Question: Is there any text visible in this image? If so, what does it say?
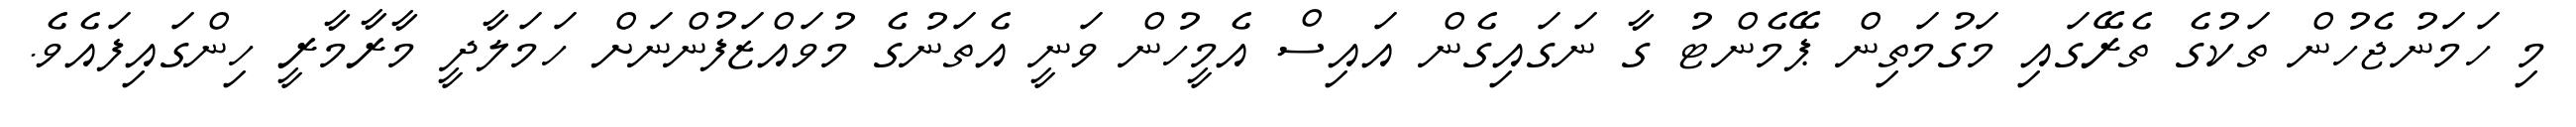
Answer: މި ހަމަނުޖެހުން ތަކުގެ ތެރޭގައި މަގުމަތިން ޕޭމެންޓު ގާ ނަގައިގެން އައިސް އެމީހުން ވަނީ އެތަނުގެ މުވައްޒަފުންނަށް ހަމަލާދީ މާރާމާރީ ހިންގައިފައެވެ.